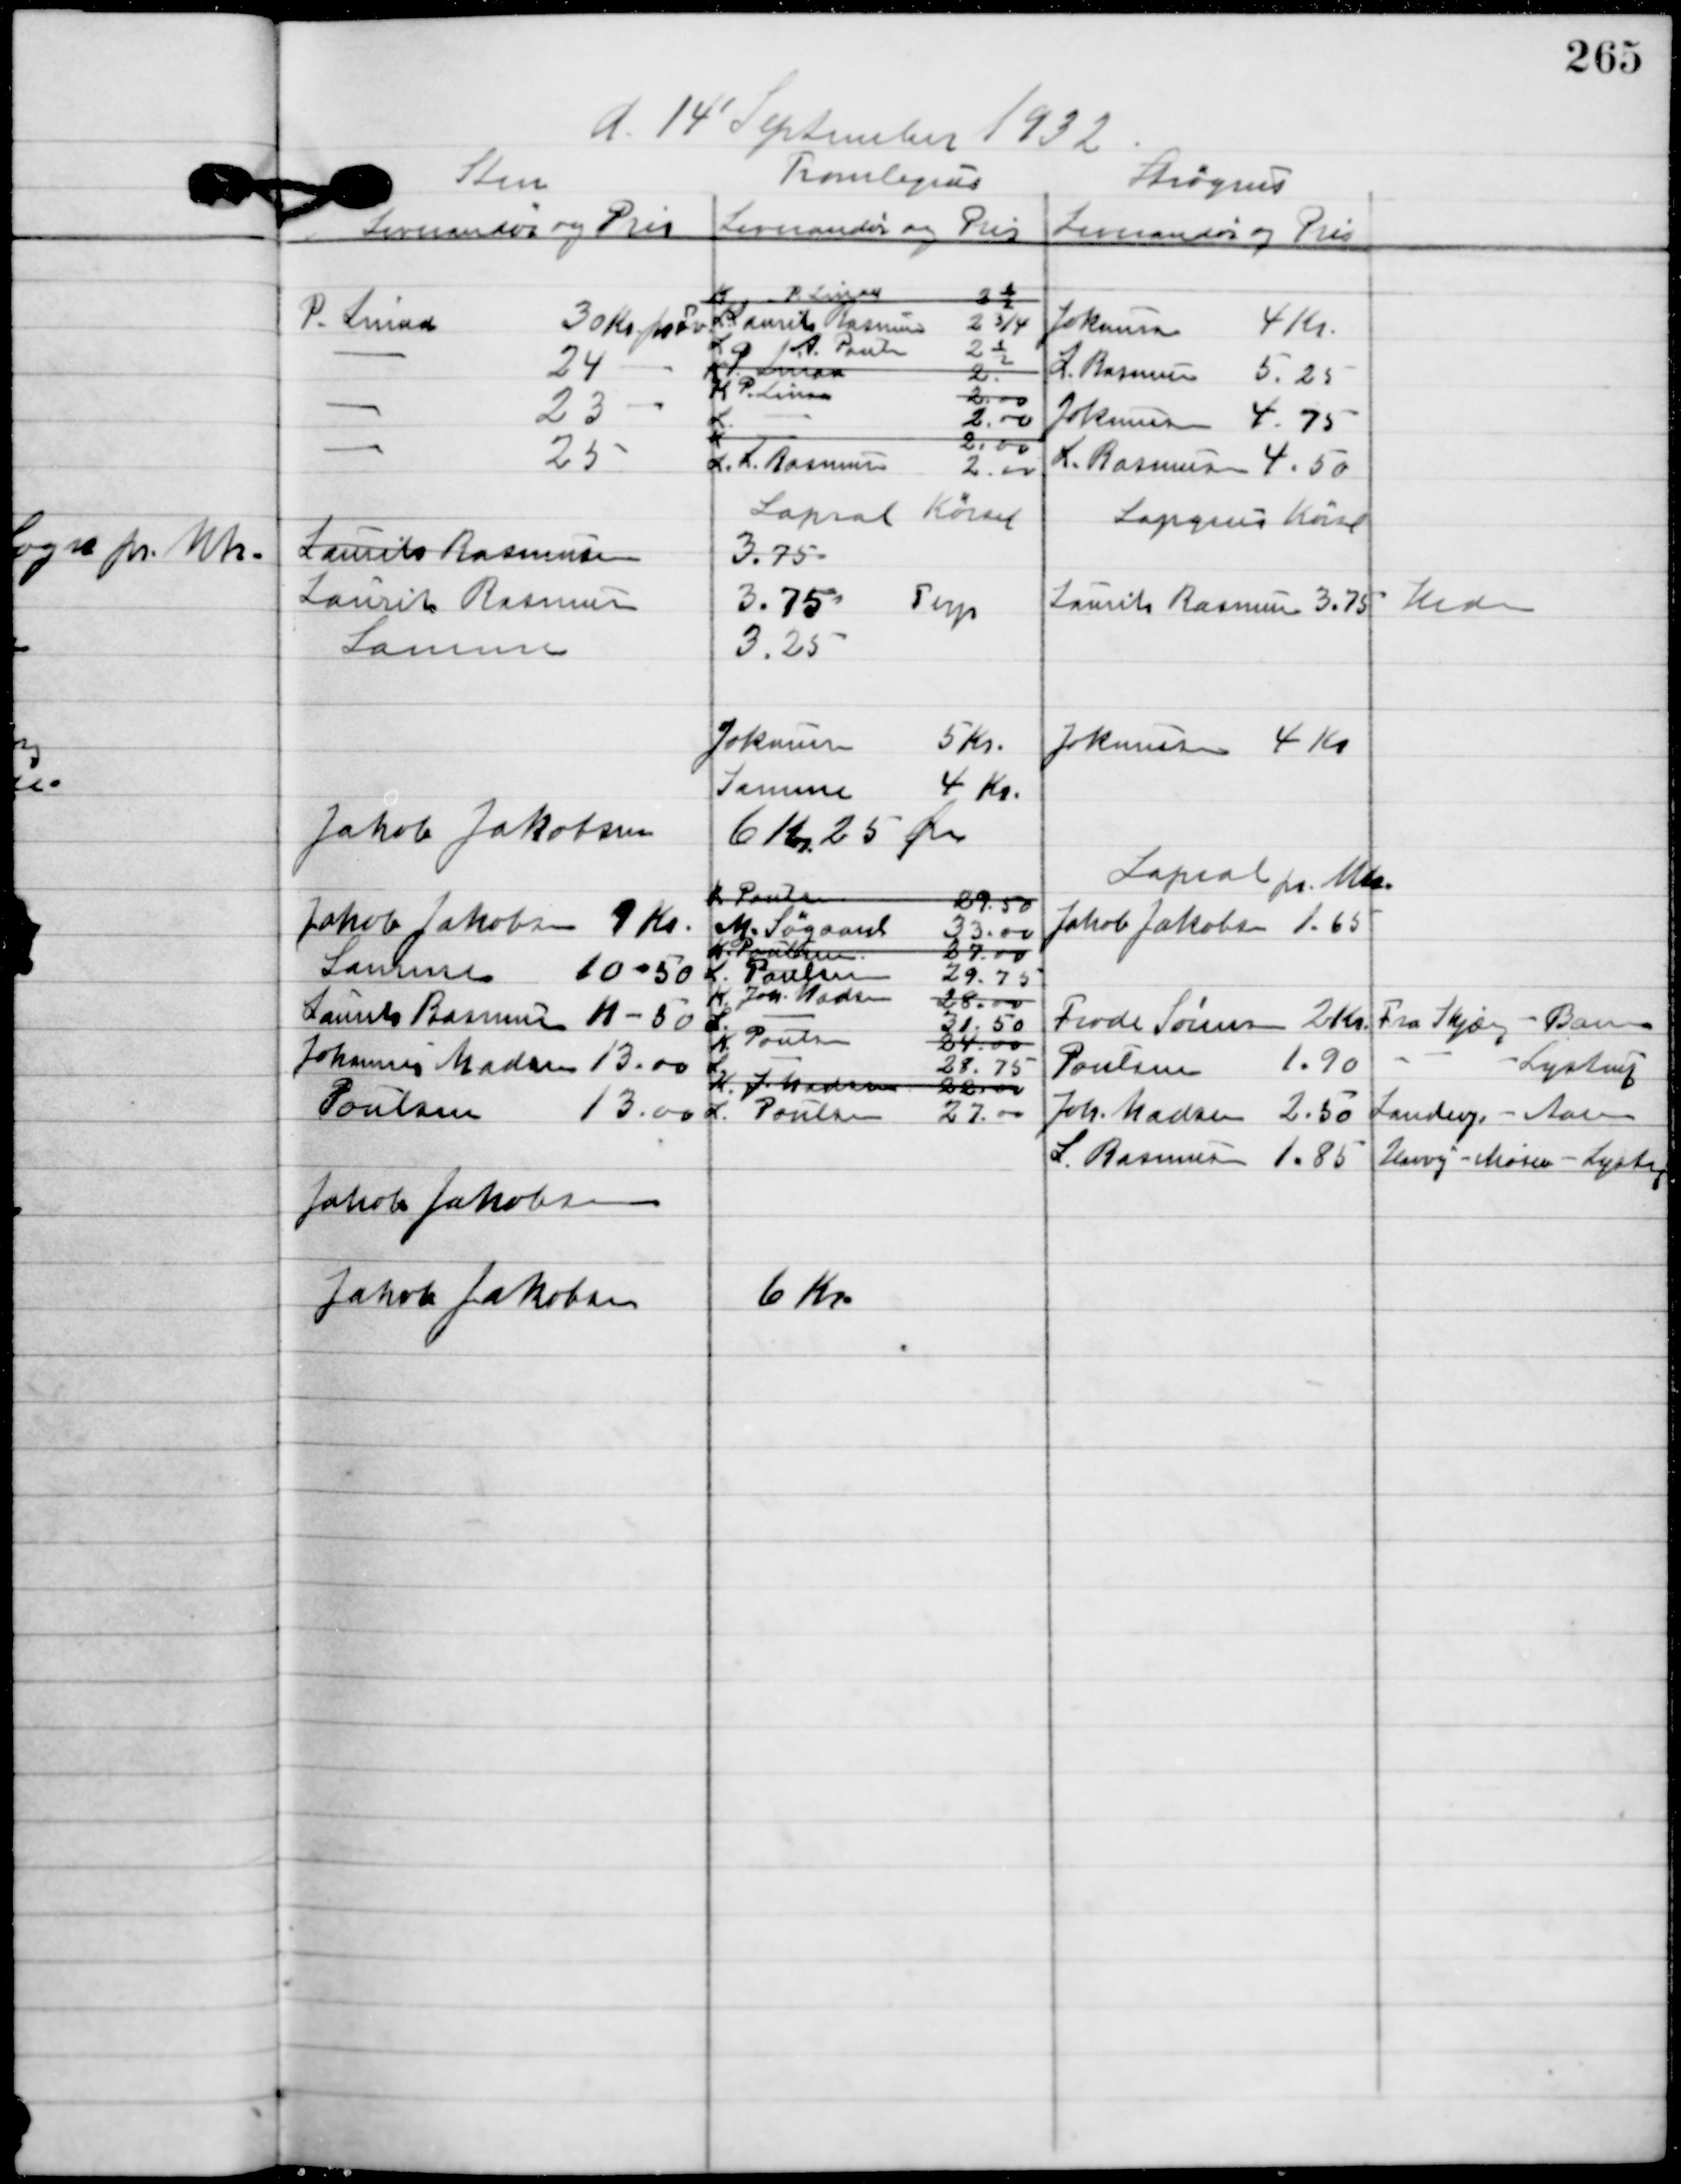
Transskription:
d. 14´ September 1932.

Jakob Jakobsen
Jakob Jakobsen 6 Kr.